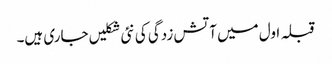
قبلہ اول میں آتش زدگی کی نئی شکلیں جاری ہیں۔